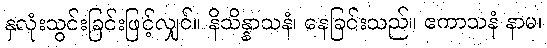
နှလုံးသွင်းခြင်းဖြင့်လျှင်။ နိသိန္နာသနံ၊ နေခြင်းသည်။ ဧကာသနံ နာမ၊